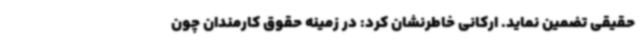
حقیقی تضمین نماید. ارکانی خاطرنشان کرد: در زمینه حقوق کارمندان چون